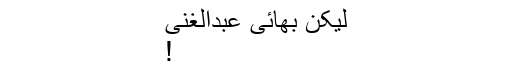
لیکن بھائی عبدالغنی
!